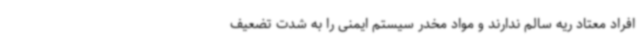
افراد معتاد ریه سالم ندارند و مواد مخدر سیستم ایمنی را به شدت تضعیف